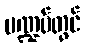
မဏ္ဍပ်တွင်